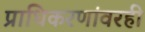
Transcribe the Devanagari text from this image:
प्राधिकरणांवरही